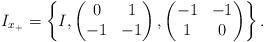
LaTeX: \begin{align*} I_{x_+} = \left\{I, \begin{pmatrix}0&1\\-1&-1\end{pmatrix}, \begin{pmatrix}-1&-1\\ 1&0\end{pmatrix} \right\}.\end{align*}